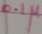
Text: 0.1µ